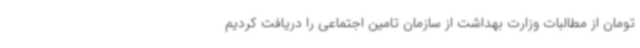
تومان از مطالبات وزارت بهداشت از سازمان تامین اجتماعی را دریافت کردیم